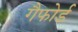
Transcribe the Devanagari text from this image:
गैफोर्ड